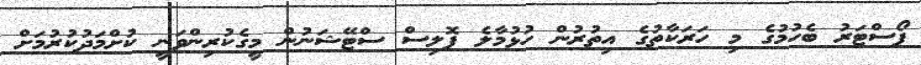
ޕޯސްޓަރު ބެހުމުގެ މި ހަރަކާތުގެ އިތުރުން ހުޅުމާލެ ޕޮލިސް ސްޓޭޝަނުން މީގެކުރިންވަނީ ކުށްމަދުކުރުމަށް